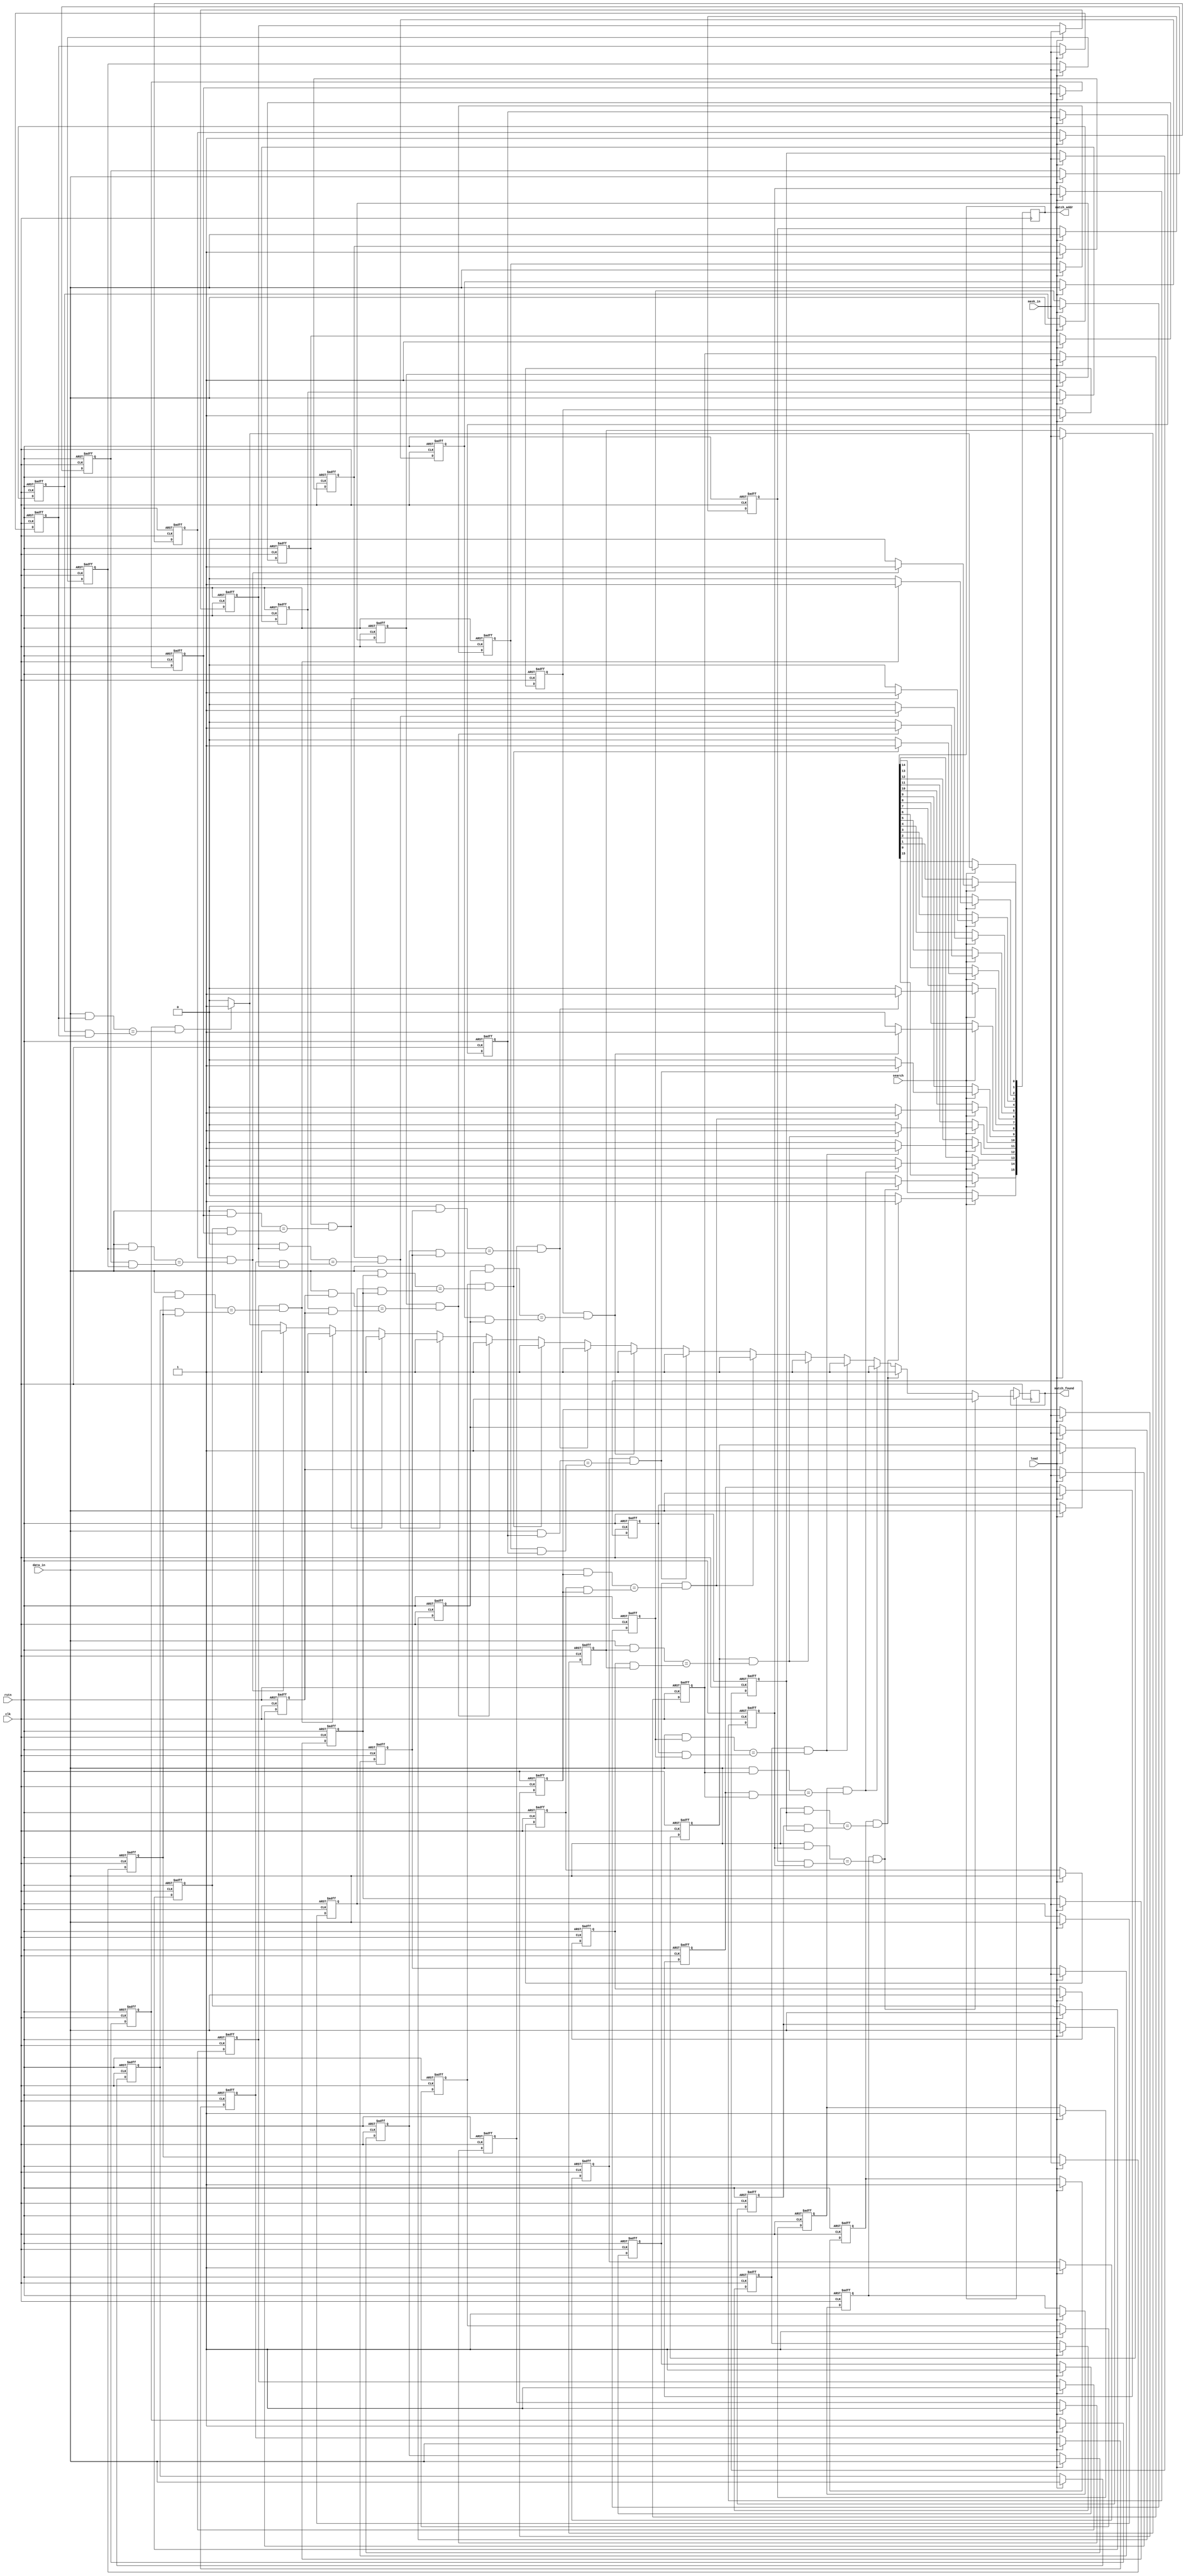
module pipelined_cam #(
    parameter DATA_WIDTH = 8,       // Width of data entries
    parameter MASK_WIDTH = 8,       // Width of mask entries
    parameter ENTRY_COUNT = 16       // Number of entries in the CAM
)(
    input wire clk,                  // Clock signal
    input wire rstn,                 // Active low reset
    input wire [DATA_WIDTH-1:0] data_in,     // Data input for matching
    input wire [MASK_WIDTH-1:0] mask_in,     // Mask input for matching
    input wire load,                 // Load signal to load data and mask
    input wire search,               // Search signal to initiate matching
    output reg [ENTRY_COUNT-1:0] match_addr, // Addresses of matching entries
    output reg match_found           // Indicator for a match found
);

// CAM entry structure
reg [DATA_WIDTH-1:0] cam_data [0:ENTRY_COUNT-1]; // Data storage
reg [MASK_WIDTH-1:0] cam_mask [0:ENTRY_COUNT-1]; // Mask storage
reg cam_valid [0:ENTRY_COUNT-1];                 // Valid bits

integer i;

// Pipeline stages
reg [DATA_WIDTH-1:0] pipeline_data;
reg [MASK_WIDTH-1:0] pipeline_mask;
reg [ENTRY_COUNT-1:0] pipeline_match_addr;
reg pipeline_match_found;

// Load stage
always @(posedge clk or negedge rstn) begin
    if (!rstn) begin
        for (i = 0; i < ENTRY_COUNT; i = i + 1) begin
            cam_data[i] <= 0;
            cam_mask[i] <= 0;
            cam_valid[i] <= 0;
        end
    end else if (load) begin
        // Load data and mask into CAM
        for (i = 0; i < ENTRY_COUNT; i = i + 1) begin
            cam_data[i] <= data_in; // Load data
            cam_mask[i] <= mask_in; // Load mask
            cam_valid[i] <= 1;      // Set valid bit
        end
    end
end

// Matching stage
always @(posedge clk) begin
    if (search) begin
        match_found = 0;
        match_addr = 0;
        for (i = 0; i < ENTRY_COUNT; i = i + 1) begin
            if (cam_valid[i] && ((data_in & cam_mask[i]) == (cam_data[i] & cam_mask[i]))) begin
                match_addr[i] = 1'b1; // Mark this address as matching
                match_found = 1;      // Match found
            end else begin
                match_addr[i] = 1'b0; // No match
            end
        end
    end
end

endmodule